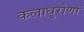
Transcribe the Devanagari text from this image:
कलाधुरोणों